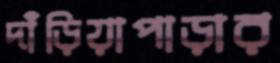
দাঁড়িয়াপাড়ার